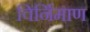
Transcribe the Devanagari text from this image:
विर्निमाण